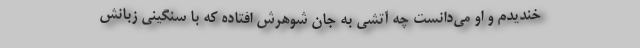
خندیدم و او می‌دانست چه آتشی به جان شوهرش افتاده که با سنگینی زبانش